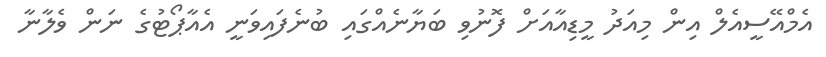
އެމްއޭސީއެލް އިން މިއަދު މީޑިއާއަށް ފޮނުވި ބަޔާނެއްގައި ބުނެފައިވަނީ އެއާޕޯޓުގެ ނަން ވެލާނާ